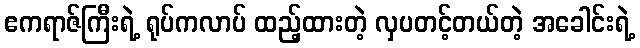
ဧကရာဇ်ကြီးရဲ့ ရုပ်ကလာပ် ထည့်ထားတဲ့ လှပတင့်တယ်တဲ့ အခေါင်းရဲ့